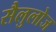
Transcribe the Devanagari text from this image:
सैलुलोज